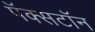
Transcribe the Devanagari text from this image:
पॅक्सटॉन